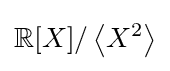
\mathbb {R} [X]/\left\langle X^{2}\right\rangle